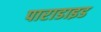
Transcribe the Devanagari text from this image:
पाराडाइड